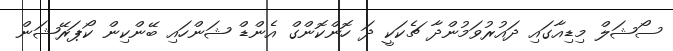
ސޯޝަލް މިޑިއާގައި ދައުރުވަމުންދާ ޗެކަކީ ދަ ހޮންކޮންގް އެންޑް ޝަންހައި ބޭންކިން ކޯޕަރޭޝަން